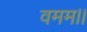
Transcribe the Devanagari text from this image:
वमम।।